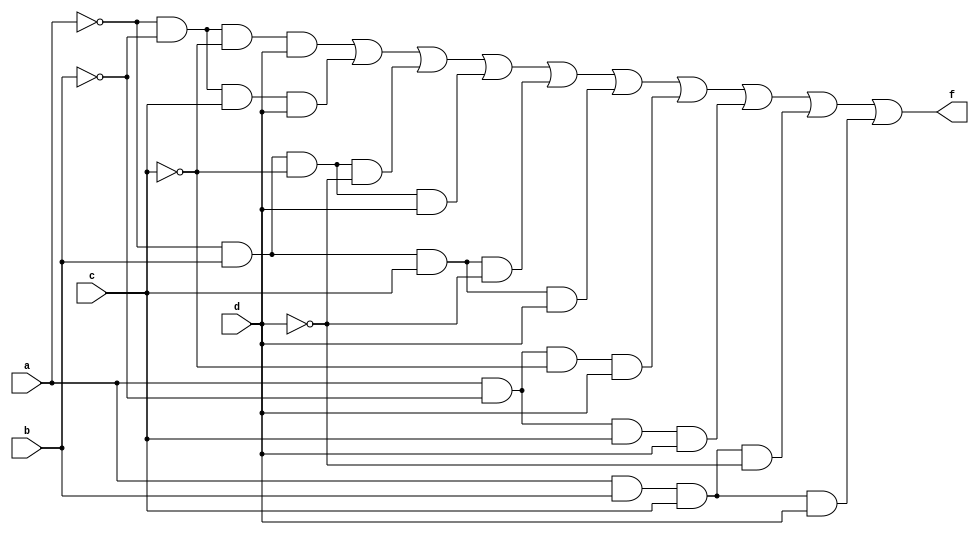
// (b+d)(a'+b'+c)
//=a'b'c'd+a'b'cd+a'bc'd'+a'bc'd+a'bcd'+a'bcd+ab'c'd+ab'cd
//      +abcd'+abcd
//sop form

module sop(f, a, b, c, d);

input a, b, c, d;
output f;
wire inva, invb, invc, invd, and1, and2, and3, and4,
        and5, and6, and7, and8, and9, and10;

not not_1 (inva,a);
not not_2 (invb, b);
not not_3 (invc, c);
not not_4 (invd, d);
and and_1 (and1, inva, invb, invc, d);
and and_2 (and2, inva, invb, c, d);
and and_3 (and3, inva, b, invc, invd);
and and_4 (and4, inva, b, invc, d);
and and_5 (and5, inva, b, c, invd);
and and_6 (and6, inva, b, c, d);
and and_7 (and7, a, invb, invc, d);
and and_8 (and8, a, invb, c, d);
and and_9 (and9, a, b, c, invd);
and and_10 (and10, a, b, c, d);
or re (f, and1, and2, and3, and4, 
        and5, and6, and7, and8, and9, and10);

endmodule


module sop_tb;

reg A, B, C, D;
wire F;
sop sop_1(F, A, B, C, D);

initial begin

    $monitor("time: %3t: A is %b, B is %b, C is %b, D is %b, F is %b.", $time, A, B, C, D, F);
    # 5 A = 0; B = 0; C = 0; D = 0;
    # 5 A = 0; B = 0; C = 0; D = 1;
    # 5 A = 0; B = 0; C = 1; D = 0;
    # 5 A = 0; B = 0; C = 1; D = 1;
    # 5 A = 0; B = 1; C = 0; D = 0;
    # 5 A = 0; B = 1; C = 0; D = 1;
    # 5 A = 0; B = 1; C = 1; D = 0;
    # 5 A = 0; B = 1; C = 1; D = 1;
    # 5 A = 1; B = 0; C = 0; D = 0;
    # 5 A = 1; B = 0; C = 0; D = 1;
    # 5 A = 1; B = 0; C = 1; D = 0;
    # 5 A = 1; B = 0; C = 1; D = 1;
    # 5 A = 1; B = 1; C = 0; D = 0;
    # 5 A = 1; B = 1; C = 0; D = 1;
    # 5 A = 1; B = 1; C = 1; D = 0;
    # 5 A = 1; B = 1; C = 1; D = 1;
    #10 $finish;
    end

endmodule